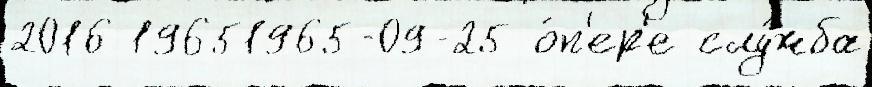
2016 19651965-09-25 о́п'ер'е слу́жба